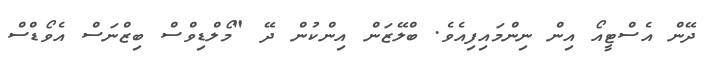
ދޭން އެސްޓީއޯ އިން ނިންމައިފިއެވެ. ބްލޭޒަން އިންކުން ދޭ "މޯލްޑިވްސް ބިޒްނަސް އެވޯޑްސް